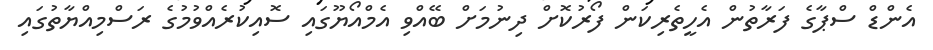
އެންޑް ސްޕާގެ ފަރާތުން އެހީތެރިކަން ފޯރުކޮށް ދިނުމަށް ބޭއްވި އެމްއޯޔޫގައި ސޮއިކުރެއްވުމުގެ ރަސްމިއްޔާތުގައި